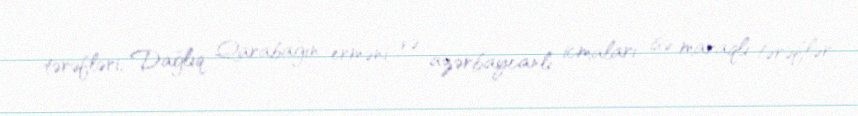
tərəfləri, Dağlıq Qarabağın erməni və azərbaycanlı icmaları isə maraqlı tərəflər